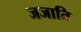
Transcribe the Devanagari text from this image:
जजाति